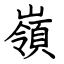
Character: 嶺